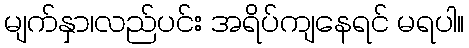
မျက်နှာ၊လည်ပင်း အရိပ်ကျနေရင် မရပါ။